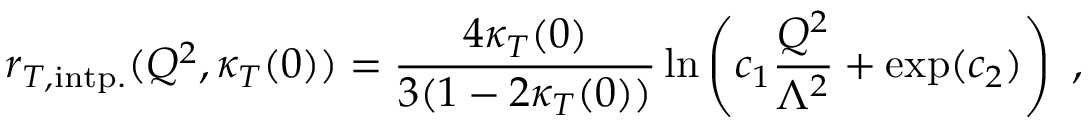
r _ { T , \mathrm { i n t p . } } ( Q ^ { 2 } , \kappa _ { T } ( 0 ) ) = \frac { 4 \kappa _ { T } ( 0 ) } { 3 ( 1 - 2 \kappa _ { T } ( 0 ) ) } \ln \left( c _ { 1 } \frac { Q ^ { 2 } } { \Lambda ^ { 2 } } + \exp ( c _ { 2 } ) \right) \ ,